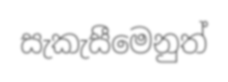
සැකැසීමෙනුත්